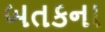
બતકના